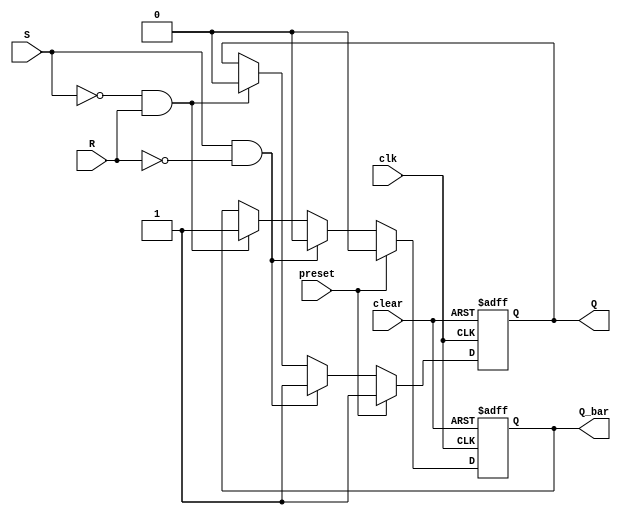
module sr_flip_flop (
    input wire clk,
    input wire S,
    input wire R,
    input wire clear,
    input wire preset,
    output reg Q,
    output reg Q_bar
);

always @(posedge clk or posedge clear)
    if (clear)
        begin
            Q <= 0;
            Q_bar <= 1;
        end
    else if (preset)
        begin
            Q <= 1;
            Q_bar <= 0;
        end
    else if (S & ~R)
        begin
            Q <= 1;
            Q_bar <= 0;
        end
    else if (~S & R)
        begin
            Q <= 0;
            Q_bar <= 1;
        end;

endmodule